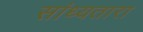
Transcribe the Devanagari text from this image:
सांध्यतारा